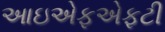
આઇએફએફટી